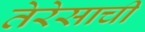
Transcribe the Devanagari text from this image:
तेरेसाची